Annual report on the working of the mental hospitals in the Madras Presidency - 1912-1932
Year: 1912
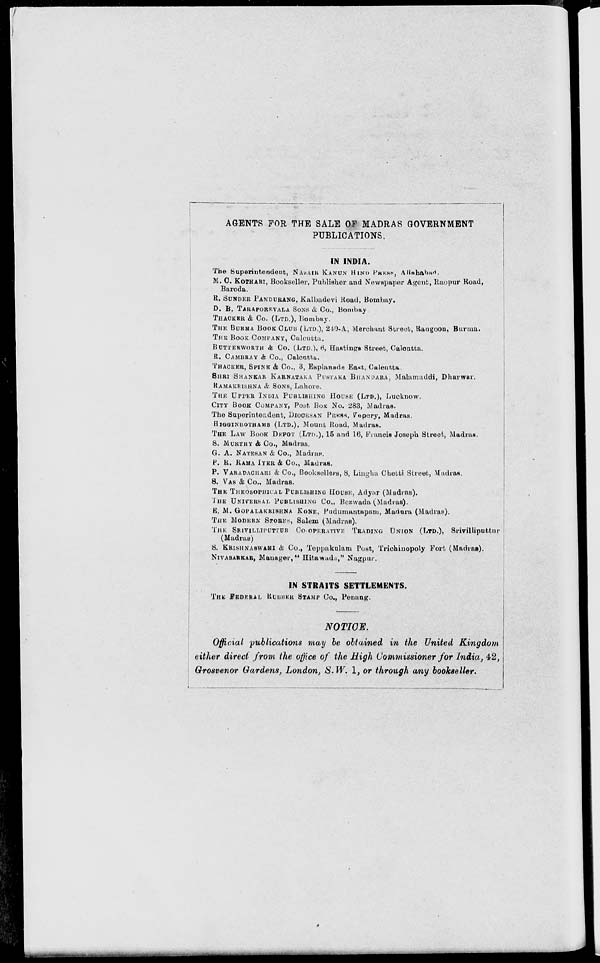
AGENTS FOR THE SALE OF MADRAS GOVERNMENT
PUBLICATIONS.
IN INDIA.
The Superintendent, NAZAIR KANUN HIND PRESS, Allahabad.
M. C. KOTHARI, Bookseller, Publisher and Newspaper Agent, Raopur Road,
Baroda.
R. SUNDER PANDURANG, Kalbadevi Road, Bombay.
D. B. TARAPOREVALA SONS & Co., Bombay
THACKER & Co. (LTD.), Bombay.
THE BURMA BOOK CLUB (LTD.), 240-A, Merchant Street, Rangoon, Burma.
THE BOOK COMPANY, Calcutta.
BUTTERWORTH & Co. (LTD.), 6, Hastings Street, Calcutta.
R. CAMBRAY & Co., Calcutta.
THACKER, SPINK & Co., 3, Esplanade East, Calcutta.
SHRI SHANKAR KARNATAKA PUSTAKA BHANDARA, Malamaddi, Dharwar.
RAMAKRISHNA & SONS, Lahore.
THE UPPER INDIA PUBLISHING HOUSE (LTD.), Lucknow.
CITY BOOK COMPANY, Post Box No. 283, Madras.
The Superintendent, DIOCESAN PRESS, Vepery, Madras.
HIGGINBOTHAMS (LTD.), Mount Road, Madras.
THE LAW BOOK DEPOT (LTD.), 15 and 16, Francis Joseph Street, Madras.
S. MURTHY & Co., Madras.
G. A. NATESON & Co., Madras.
P. R. RAMA IYER & Co., Madras.
P. VARADACHARI & Co., Booksellers, 8, Lingha Chetti Street, Madras.
S. VAS & Co., Madras.
THE THEOSOPHICAL PUBLISHING HOUSE, Adyar (Madras).
THE UNIVERSAL PUBLISHING Co., Bezwada (Madras).
E. M. GOPALAKRISHNA KONE, Pudumantapam, Madura (Madras).
THE MODERN STORES, Salem (Madras).
THE SRIVILLIPUTTUR CO. OPERATIVE TRADING UNION (LTD.), Srivilliputtur
(Madras)
S. KRISHNASWAMI & Co., Teppakulam Post, Trichinopoly Fort (Madras).
NIVASARKAR, Manager," Hitawada," Nagpur.
IN STRAITS SETTLEMENTS.
THE FEDERAL RUBBER STAMP Co., Penang.
NOTICE.
Official publications may be obtained in the United Kingdom
either direct from the office of the High Commissioner for India, 42,
Grosvenor Gardens, London, S.W. 1, or through any bookseller.